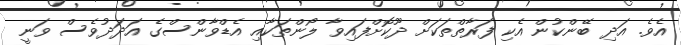
އެވެ. އަދި ބޭންކުން އެކި ފަރާތްތަކަށް ދޫކޮށްފައިވާ ލޯންތަކާއި އެޑްވާންސްގެ އަދަދުވެސް ވަނީ